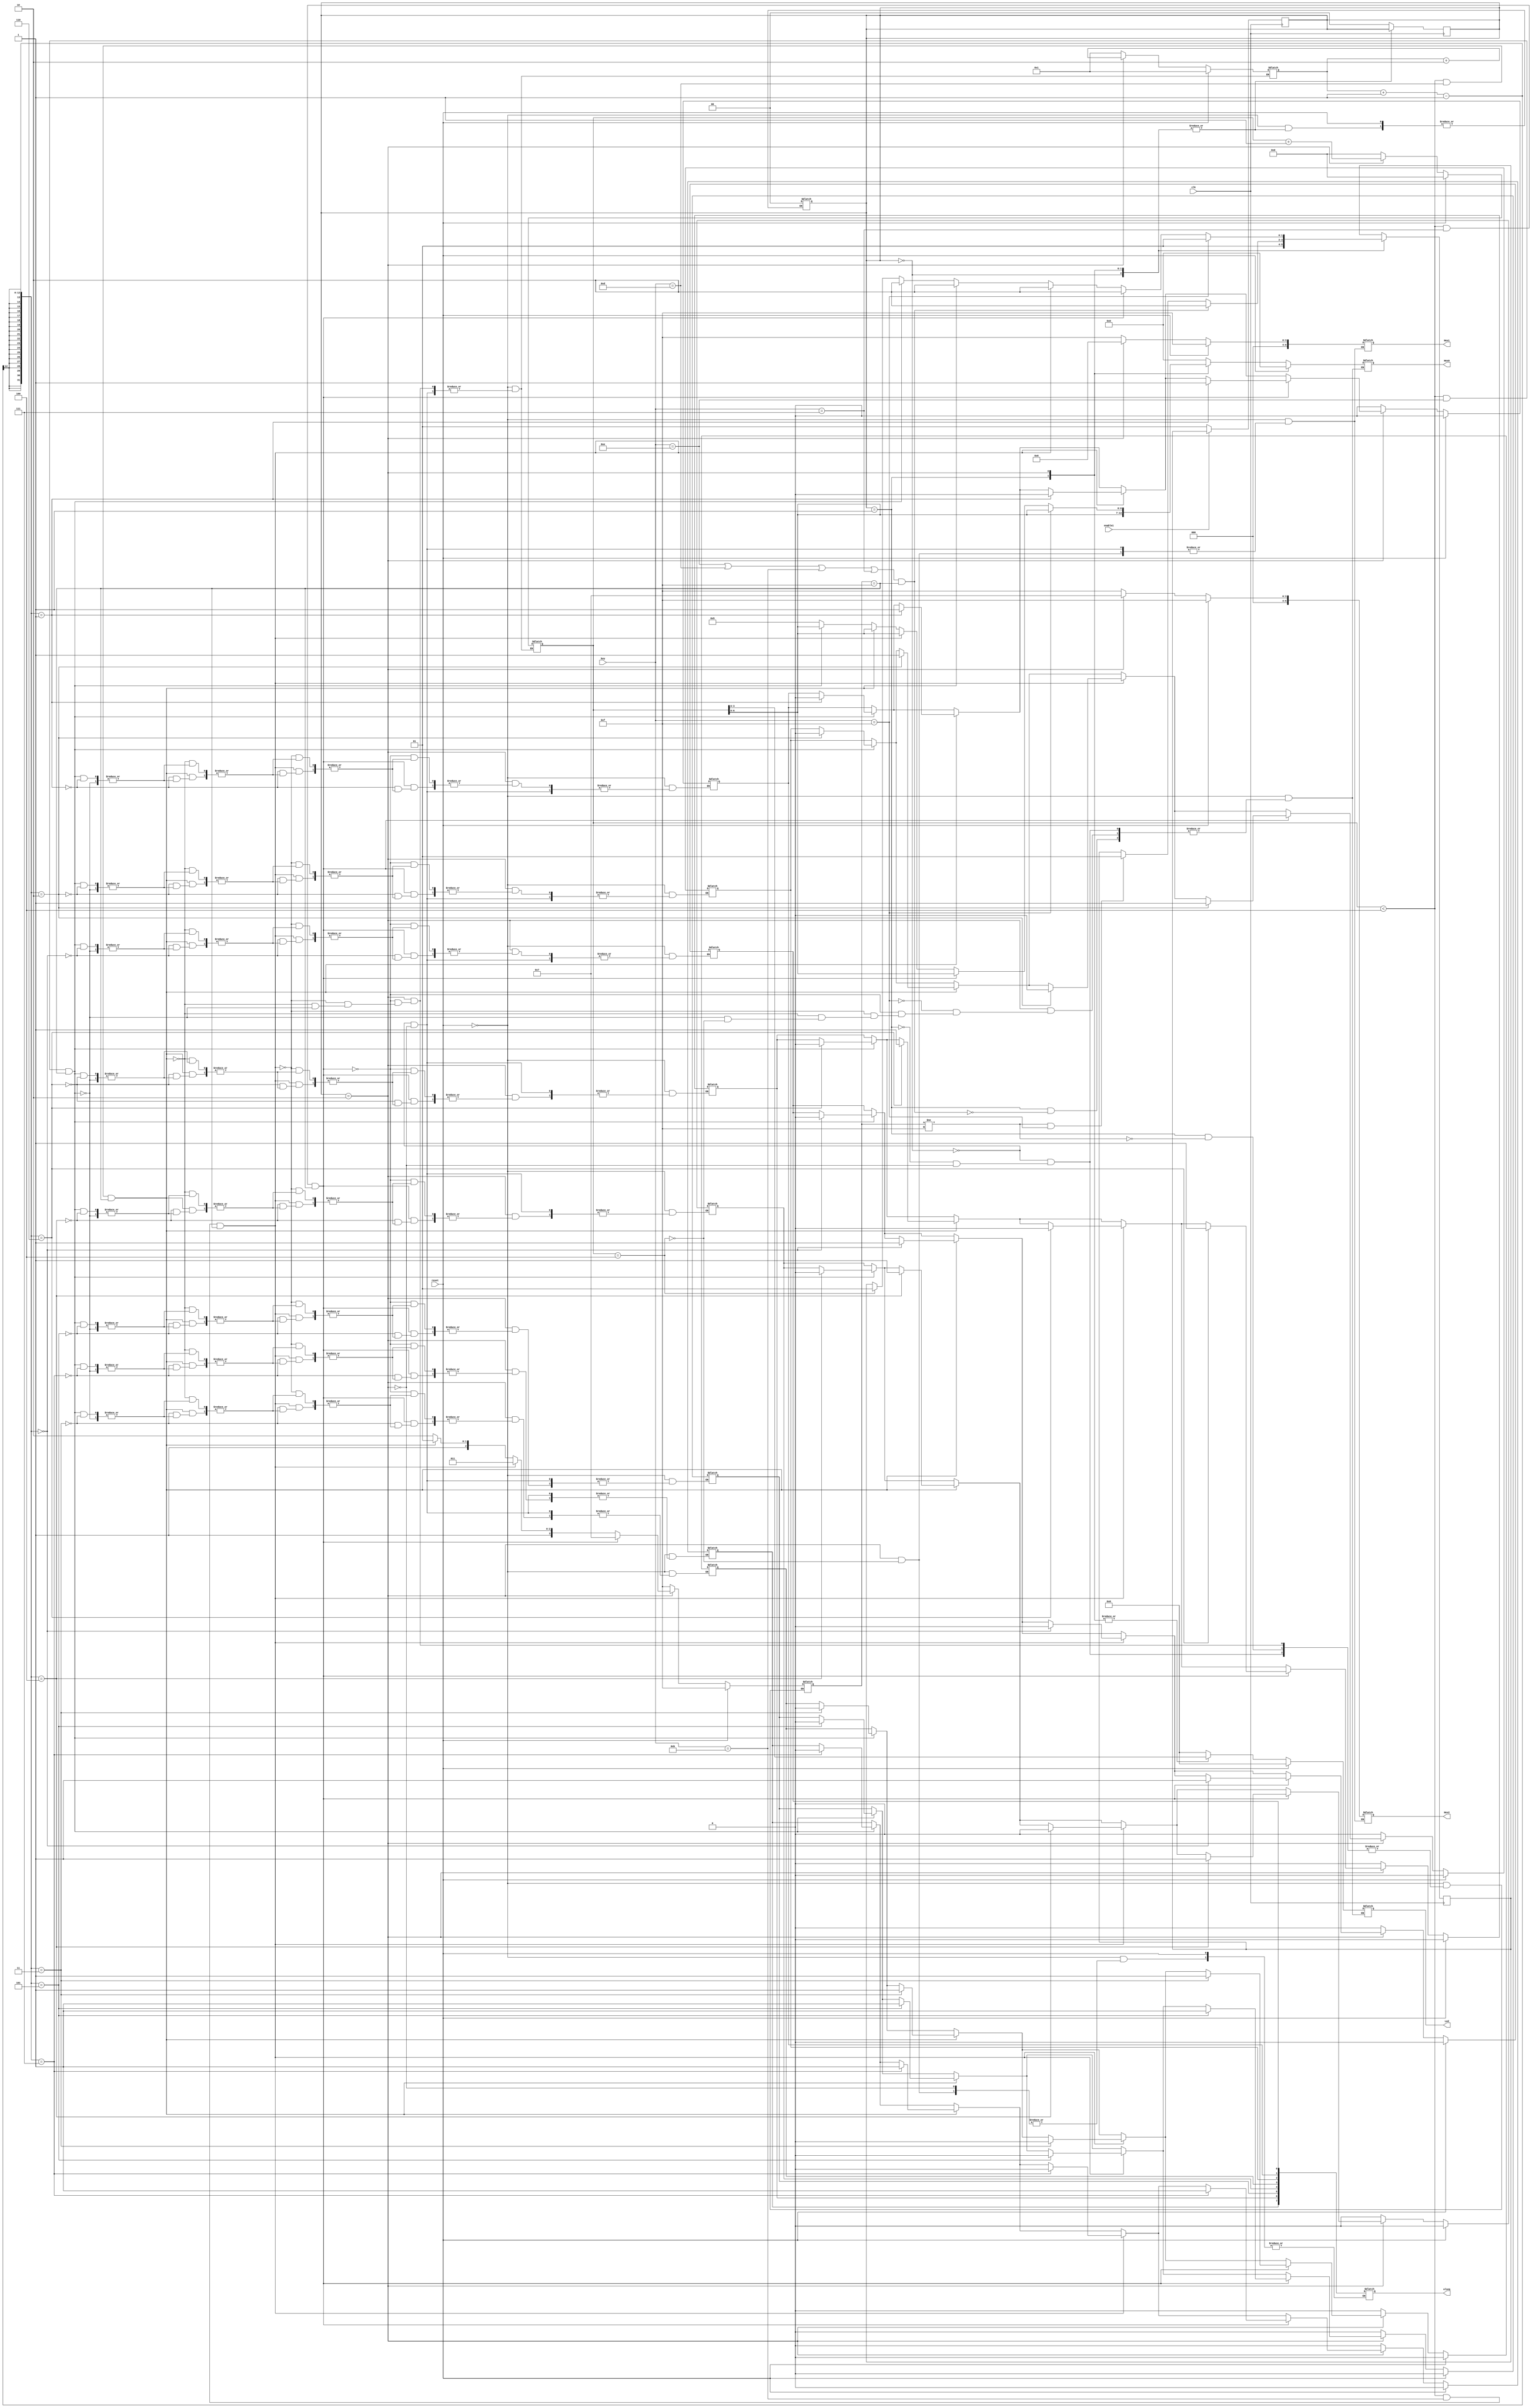
module Password #(
    parameter nkeys = 4 // we can define any length Password sequence
    ) (

    input [3:0] key, // input push button
	 input enable1,   // this signal would enable the module
	 input reset,     // reset the process
	 input clk,       // internal clock input
	 output reg [(nkeys*2)-1:0] ulseq,  // to output the stored sequence fsm module
	 output reg [3:0] Led,      // to display the button pressed
	 output reg [6:0] Hex0, Hex1, Hex2 // to display the output string
	 );


reg [7:0] counter;  // used to count upto nkeys

reg [3:0] keyprev;  // to check the previous state of the key

reg [10:0] width;   // used for storing bits in pb reg

reg [(nkeys*2)-1:0] pb; // it needs to store 2 bits data into the register for every press in button 

reg [6:0] hex0,hex1,hex2;  // to display the output string

reg [3:0] led; 

parameter key0 = 4'b1110, key1 = 4'b1101, key2 = 4'b1011, key3 = 4'b0111;

parameter initialize = 2'b00,idlestate = 2'b01, checkstate = 2'b10;

reg [1:0] state, next;

always @(posedge clk) begin
       if (reset == 1'b1) state <= initialize;
		 if (enable1 == 1'b0) state <= idlestate;
		 else state <= next;
end

always @(posedge clk) begin
       case(state) 
		 
		 initialize : begin                    // begins with initialize state                 
		              
						  next <= idlestate;       // transit to idlestate
		 end 
		 
		 idlestate : begin
		 
		             if (keyprev != 4'b1111 && key [3:0] == 4'b1111) next <= idlestate;
						                        
						 if ((key [3:0] == key0 || key [3:0] == key1 || key [3:0] == key2 || key [3:0] == key3) && keyprev == 4'b1111) next <= checkstate;
						  // transit for every push of the button   
		 end
		 
		 checkstate : begin    // respective state transition after execution of instruction
		             if (counter == nkeys) next <= idlestate;
						 if (counter < nkeys && key [3:0] == key0 && keyprev == 4'b1111) next <= checkstate;
		             if (counter < nkeys && key [3:0] == key1 && keyprev == 4'b1111) next <= checkstate;
		             if (counter < nkeys && key [3:0] == key2 && keyprev == 4'b1111) next <= checkstate;
		             if (counter < nkeys && key [3:0] == key3 && keyprev == 4'b1111) next <= checkstate;
		             if (key [3:0] == 4'b1111) next <= idlestate;
		 end
		 
		 default: begin 
		        state <= initialize; // default state
		 end
		 endcase
end

always @(*) begin
       if (reset == 1'b1) begin    // initializes all the regs when reset signal goes high
		    
			 
			 led <= 4'd0;
			 counter <= 0;
			 hex0 <= 0;
			 hex1 <= 15;
			 hex2 <= 15;
			 width <= 1;
			 pb <= 0;
			 keyprev <= 4'b1111;
			 
	    end
		 
else begin
  
       case(state)
		 
		 initialize: begin                   // at the begining of the state execute all the instructions
		 
		             led <= 4'd0;
			          counter <= 0;
			          hex0 <= 0;
			          hex1 <= 15;
			          hex2 <= 15;
			          width <= 1;
						 keyprev <= 4'b1111;
			          pb <= 0;
		 end
		 
		 idlestate : begin
		        
				       if (keyprev != 4'b1111 ) begin     // to update the state of the push button
						     keyprev <= 4'b1111;
							  
						 end
                   
						 if ((key [3:0] == key0 || key [3:0] == key1 || key [3:0] == key2 || key [3:0] == key3) && keyprev == 4'b1111) begin
						  // for any key press ,change of state   
							  led <= counter;
							  hex0 <= counter;

						 end
						 
		 end
		 
		 checkstate : begin
	  
	              if (counter == nkeys) begin    // if counter = nkeys then display set on hex led and output the whole sequence to Fsm module
		                led <= counter;
					       hex0 <= 5;
					       hex1 <= 6;
					       hex2 <= 7;
							 ulseq[(nkeys*2)-1:0] <= pb [(nkeys*2)-1:0];
		            end  

		           if (counter < nkeys && key [3:0] == key0 && keyprev == 4'b1111) begin
		     
			             pb[width -:1] <= 2'b00;   // store 2'b00 when key zero is pressed
			             width <= width + 2;       // increment the bits, ex pb[1:0] = 2'b00, next process pb[3:2] = 2'b01. In this way each key is assigned 
			             counter <= counter + 1;   // to one set of bits,   // to increment counter value to check if it has reached the maximum length of sequenc
			             led <= counter;           
			             hex0 <= counter;         
			             keyprev <= key0;  
		 
		           end
		    // Similarly like above steps, i have defined for other keys
		 		 
		           if (counter < nkeys && key [3:0] == key1 && keyprev == 4'b1111) begin
		     
			             pb[width -:1] <= 2'b01; // store 2'b01 when key 1 is pressed
			             width <= width + 2;  
			             counter <= counter + 1; 
							 led <= counter;
			             hex0 <= counter;
			             keyprev <= key1; 
		 
		           end
		 
		          if (counter < nkeys && key [3:0] == key2 && keyprev == 4'b1111) begin
		     
			            
			            pb[width -:1] <= 2'b10; // store 2'b10 when key 1 is pressed
			            width <= width + 2;  
			            counter <= counter + 1; 
							led <= counter;
			            hex0 <= counter;
			            keyprev <= key2;  
		 
		           end
		 
		          if (counter < nkeys && key [3:0] == key3 && keyprev == 4'b1111) begin
		     
			            pb[width -:1] <= 2'b11; // store 2'b11 when key 1 is pressed
			            width <= width + 2;  
			            counter <= counter + 1; 
							led <= counter;
			            hex0 <= counter;
			            keyprev <= key3;
		          end
		 
		          if (key [3:0] == 4'b1111) begin
					      led <= counter;
							hex0 <= counter;
					 end
					 
			end
			
			default: begin 
		        state <= initialize;
			end
			
		 endcase
		 
end

Hex0 <= hex0;
Hex1 <= hex1;
Hex2 <= hex2;
Led  = led;
end		 
 
endmodule